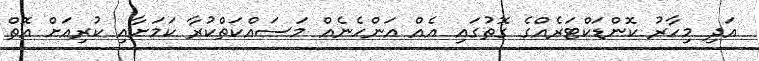
އަދި މިހާރު ކޮންޑަކްޓަރެއްގެ ގޮތުގައި އެއް އަންހެނެއް މަސައްކަތްކުރާ ކަމަށާއި ކުރިއަށް އޮތް